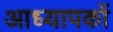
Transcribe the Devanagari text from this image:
आध्यापकों